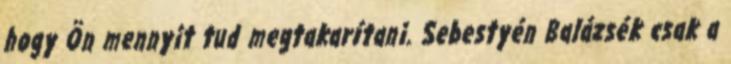
hogy Ön mennyit tud megtakarítani. Sebestyén Balázsék csak a